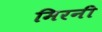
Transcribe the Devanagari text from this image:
मिरनी